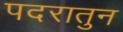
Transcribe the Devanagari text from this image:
पदरातुन